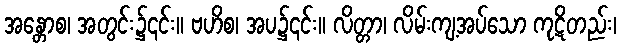
အန္တောစ၊ အတွင်း၌၎င်း။ ဗဟိစ၊ အပ၌၎င်း။ လိတ္တာ၊ လိမ်းကျ့အပ်သော ကုဋိတည်း၊